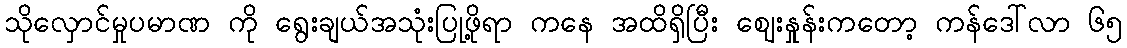
သိုလှောင်မှုပမာဏ ကို ရွေးချယ်အသုံးပြုဖို့ရာ ကနေ အထိရှိပြီး ဈေးနှုန်းကတော့ ကန်ဒေါ်လာ ၆၅